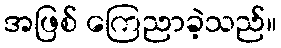
အဖြစ် ကြေညာခဲ့သည်။